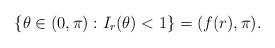
LaTeX: \begin{align*}\{\theta\in(0,\pi):I_{r}(\theta)<1\}=(f(r),\pi).\end{align*}